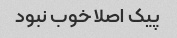
پیک اصلا خوب نبود